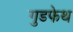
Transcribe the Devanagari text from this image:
गुडफेथ